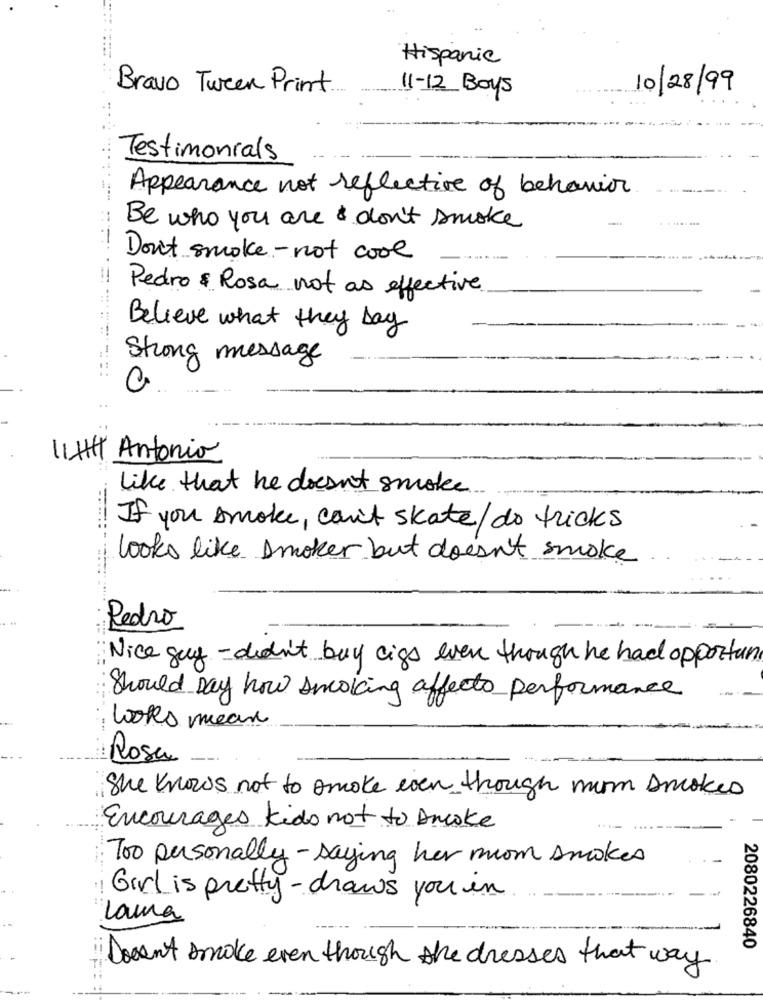
Hispanic
Bravo Turen Print.
10/28/99
11-12 Boys
Testimonials
Appearance not reflective of behavior
Be who you are & don't smoke
Don't smoke - not cool
Pedro $ Rosa not as effective
Believe what they Day
Strong message
LIAH Antonio
like that he doesn't smoke.
If you smoke, can't skate/ do tricks
looks like smoker but doesn't smoke
Pedro
Nice guy- didn't buy cigs even though he had opportun
Should Day how smoking affects performance
woks mean
Rosa
She knows not to smoke even though mm smokes
Encourages Kids not to Amcoke
Too personally- saying her mom smokes
Girl is pretty- draws you in
Laura
2080226840
Docent smoke even though the dresses that way